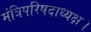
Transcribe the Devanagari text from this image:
मंत्रिपरिषदाध्यक्ष।